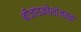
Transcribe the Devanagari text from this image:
बीजांडकोशांजवळ